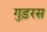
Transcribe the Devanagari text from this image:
गुड़रस